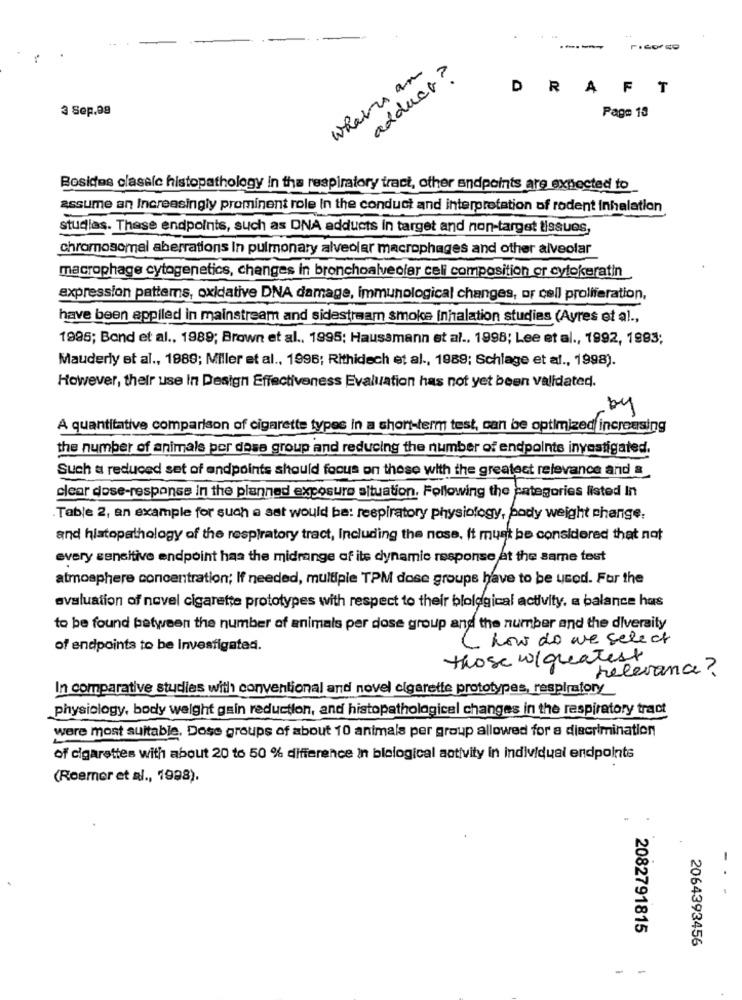
-----
When an
adduct ?
DRAFT
3 Sep.98
Page 13
Bosides clasale histopathology in tha respiratory tract, other endpoints are expected to
assume an Increasingly prominent role In the conduct and interpretation of rodent inhalation
studies. These endpoints, such as DNA adducts in target and non-target tissues,
chromosomal aberrations In pulmonary alveolar macrophages and other alveolar
macrophage cytogenetics, changes in bronchoalveolar celi composition or cytokeratin
expression patterns, oxidative DNA damage, immunological changes, or cell proliferation,
have been applied in mainstream and sidestream smoke Inhalation studies (Ayres et al .,
1995; Bond et al ., 1989; Brown et al ., 1995; Haussmann et al ., 1998; Lee et al ., 1992, 1993;
Mauderly et al ., 1989; Miller et al ., 1996; Rithidech et al ., 1989; Schlage et al ., 1998).
However, their use In Design Effectiveness Evaluation has not yet been validated.
A quantitative comparison of cigarette types in a short-term test, can be optimized increasing
the number of animals per dose group and reducing the number of endpoints investigated.
Such a reduced set of endpoints should focus on these with the greatest relevance and &
clear dose-response in the planned exposure altuation. Following the categories listed In
Table 2, an example for such a sat would be: respiratory physiology, body weight change;
and histopathology of the respiratory tract, Including the nose, It must be considered that not
every sensitive endpoint has the midrange of its dynamic response at the same test
atmosphere concentration; If needed, multiple TPM dose groups have to be used. For the
evaluation of novel cigarette prototypes with respect to their blological activity, a balance hus
to be found between the number of animals per dose group and the number and the diversity
( how do we select
of endpoints to be Investigated.
those w/greatest
relevance?
In comparative studies with conventional and novel cigarette prototypes, respiratory
physiology, body weight gain reduction, and histopathological changes in the respiratory tract
were most suitable. Dose groups of about 10 animals per group allowed for a discrimination
of cigarettes with about 20 to 50 % difference in biological activity in individual endpoints
(Roemer et al ., 1998).
-. -
2082791815
2064393456